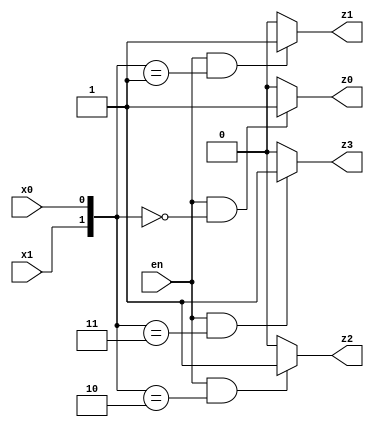
/**
 *          Il decoder con abilitazione e' un decoder N_to_2^N dotato di
 *          un'ulteriore variabile di ingresso en, avente lo scopo di forzare
 *          a zero, quando essa stessa vale zero, il valore di tutte le
 *          variabili di uscita.
 *          
 *          Di seguito l'implementazione di un Decoder 2 to 4 con enabler.
 *
 *          Created on 22/04/2019.
 */

/**
 * Decoder 2 to 4 con Abilitazione.
 */
module Decoder_2_to_4_EN(en, x1, x0, z3, z2, z1, z0);
    input en, x1, x0;
    output z3, z2, z1, z0;

    assign z3 = en & ({x1, x0}=='B11)?1:0;   // 'B11 = 3
    assign z2 = en & ({x1, x0}=='B10)?1:0;   // 'B10 = 2
    assign z1 = en & ({x1, x0}=='B01)?1:0;   // 'B01 = 1
    assign z0 = en & ({x1, x0}=='B00)?1:0;   // 'B00 = 0
endmodule